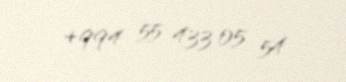
+994 55 433 05 54